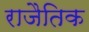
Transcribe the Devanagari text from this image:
राजैतिक